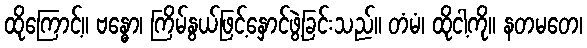
ထိုကြောင့်။ ဗန္ဓော၊ ကြိမ်နွယ်ဖြင့်နှောင်ဖွဲ့ခြင်းသည်။ တံမံ၊ ထိုငါ့ကို။ နတမတေ၊